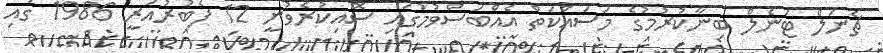
ޗެނަލް ޓަނެލް ބިނާކުރުމުގެ މަސައްކަތް އެއްބަސްވުމުގައި ސޮއިކުރެވުނީ 12 ފެބުރުއަރީ 1986 ގައި